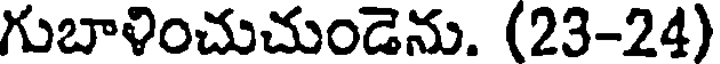
గుబాళించుచుండెను. (23-24)